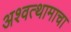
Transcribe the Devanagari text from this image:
अश्वत्थामाचा